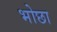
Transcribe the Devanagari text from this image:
भोछा